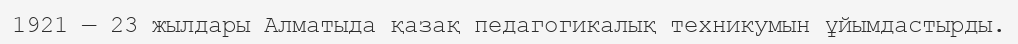
1921 — 23 жылдары Алматыда қазақ педагогикалық техникумын ұйымдастырды.